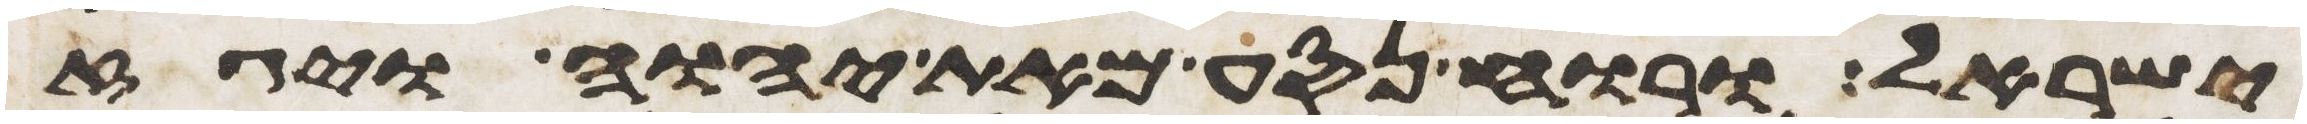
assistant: ישראל ורוח נסע מאת יהוה ויגז